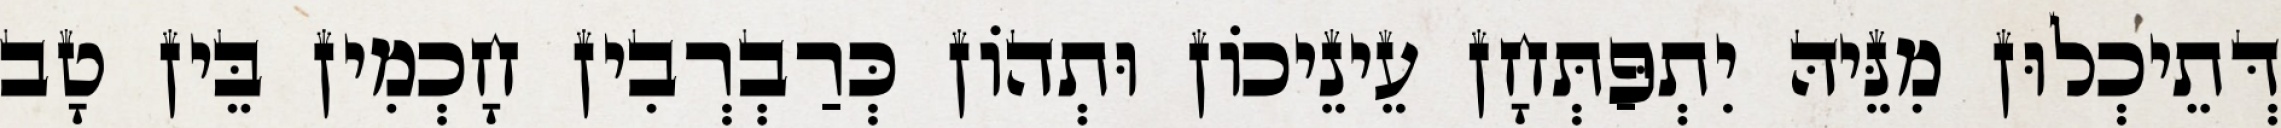
דְּתֵיכְלוּן מִנֵּיהּ יִתְפַּתְּחָן עֵינֵיכוֹן וּתְהוֹן כְּרַבְרְבִין חָכְמִין בֵּין טָב